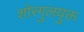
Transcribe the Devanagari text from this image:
शोरगुलयुक्त